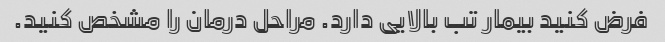
فرض کنید بیمار تب بالایی دارد. مراحل درمان را مشخص کنید.